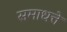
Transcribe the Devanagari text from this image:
समाधत्ते